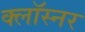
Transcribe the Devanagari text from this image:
क्लॉस्नर